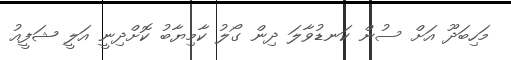
މަހިބަދޫ އަށް ސުން ކަނޑުވާލަ ދިން ގޯލު ކާމިޔާބު ކޮށްދިނީ އަލީ ޝަފީއު